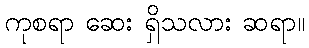
ကုစရာ ဆေး ရှိသလား ဆရာ။